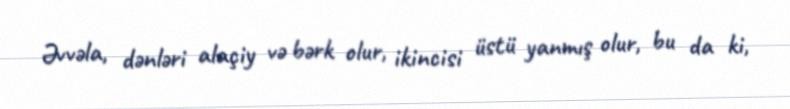
Əvvəla, dənləri alaçiy və bərk olur, ikincisi üstü yanmış olur, bu da ki,